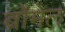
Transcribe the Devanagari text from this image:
ब्रॉमेल